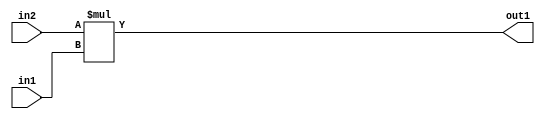
`timescale 1ps / 1ps
/*****************************************************************************
    Verilog RTL Description
    
    
    Created by: Stratus DpOpt 21.05.01 
*******************************************************************************/

module SobelFilter_Mul_32Sx5U_32S_1 (
	in2,
	in1,
	out1
	); /* architecture "behavioural" */ 
input [31:0] in2;
input [4:0] in1;
output [31:0] out1;
wire [31:0] asc001;

assign asc001 = 
	+(in2 * in1);

assign out1 = asc001;
endmodule

/* CADENCE  ubD2TQ0= : u9/ySxbfrwZIxEzHVQQV8Q== ** DO NOT EDIT THIS LINE ******/